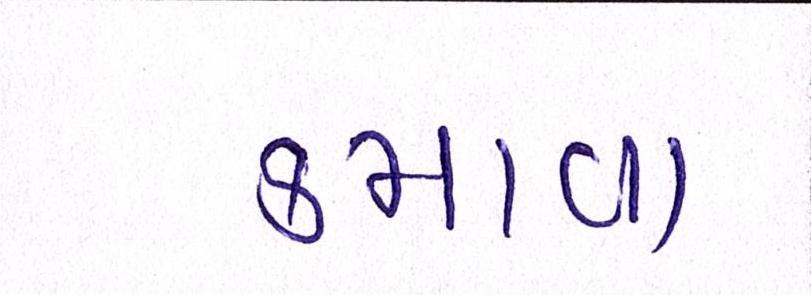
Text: કમાવા